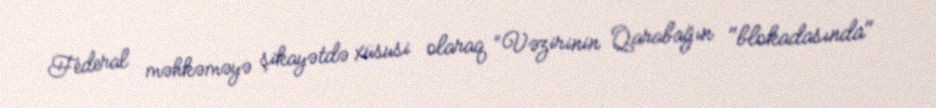
Federal məhkəməyə şikayətdə xüsusi olaraq “Vəzirinin Qarabağın "blokadasında"